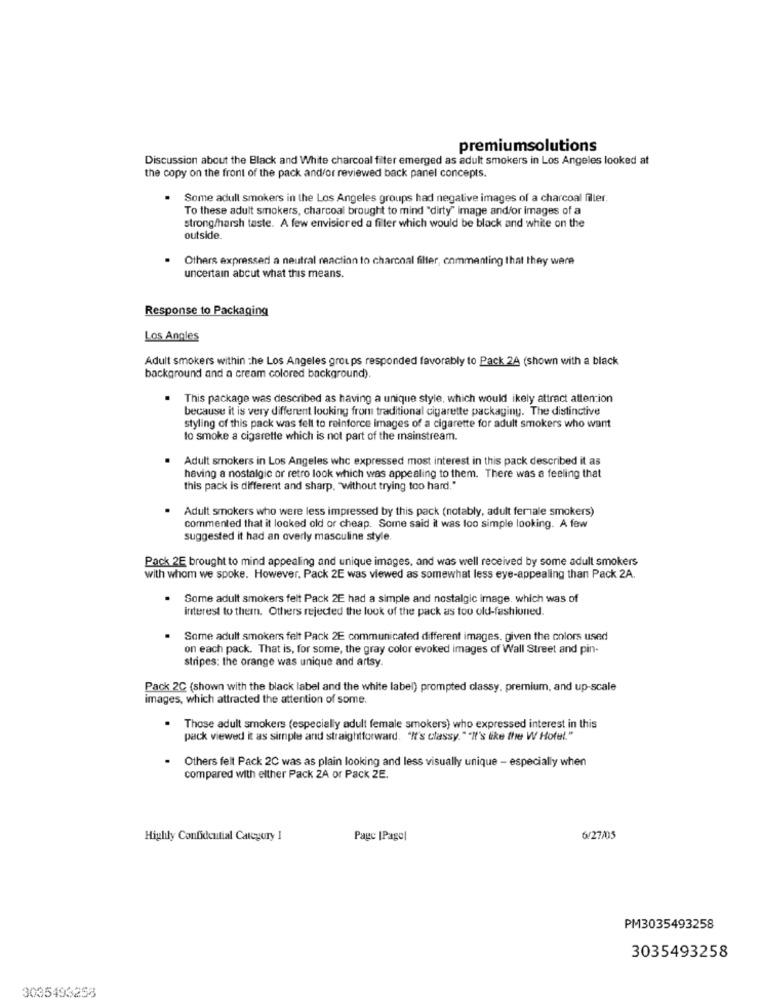
premiumsolutions
Discussion about the Black and White charcoal filter emerged as adult smokers in Los Angeles looked at
the copy on the front of the pack and/or reviewed back panel concepts.
Some adull smokers in the Los Angeles groups had negative images of a charcoal filler.
To these adult smokers, charcoal brought to mind "dirty" image and/or images of a
strong/harsh taste. A few envisicred a filter which would be black and white on the
outside.
Others expressed a neutral reaction to charcoal filler, commenting that they were
uncertain about what this means.
Response to Packaging
Los Angles
Adult smokers within the Los Angeles groups responded favorably to Pack 2A (shown with a black
background and a cream colored background).
This package was described as having a unique style, which would ikely attract attention
because it is very different looking from traditional cigarette packaging. The distinctive
styling of this pack was fell to reinforce images of a cigarette for adult smokers who want
to smoke a cigarette which is not part of the mainstream.
Adult smokers in Los Angeles whc expressed most interest in this pack described it as
having a nostalgic or retro look which was appealing to them. There was a feeling that
this pack is different and sharp, "without trying too hard."
Adult smokers who were less impressed by this pack (notably, adult female smokers)
commented that it looked old or cheap. Some said it was loo simple looking. A few
suggested it had an overly masculine style.
Pack 2E brought to mind appealing and unique images, and was well received by some adult smokers
with whom we spoke. However. Pack 2E was viewed as somewhat less eye-appealing than Pack 2A.
.
Some adult smokers felt Pack 2E had a simple and nostalgic image. which was of
interest to them. Others rejected the look of the pack as too old-fashioned.
Some adult smokers felt Pack 2E communicated different images, given the colors used
on each pack. That is, for some, the gray color evoked images of Wall Street and pin-
stripes: the orange was unique and artsy.
Pack 2C (shown with the black label and the white label) prompted classy, premium, and up-scale
images, which attracted the attention of some.
.
Those adult smokers (especially adult female smokers) who expressed interest in this
pack viewed it as simple and straightforward. "It's classy.""It's like the W Hotel."
Others felt Pack 2C was as plain looking and less visually unique - especially when
compared with either Pack 2A or Pack 2E.
Highly Confidential Category 1
Page |Pagel
6/27/05
PM3035493258
3035493258
3035493258